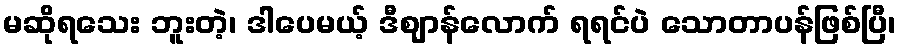
မဆိုရသေး ဘူးတဲ့၊ ဒါပေမယ့် ဒီဈာန်လောက် ရရင်ပဲ သောတာပန်ဖြစ်ပြီ၊